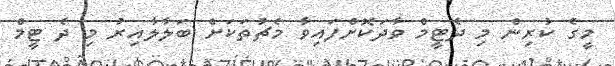
މީގެ ކުރިން މި ދެޓީމް ވާދަކޮށްފައިވާ މެޗުތަކަށް ބަލާލާއިރު މި ދެ ޓީމް